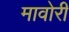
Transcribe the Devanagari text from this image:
मावोरी